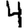
Digit: 4